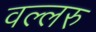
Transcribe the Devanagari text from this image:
वल्लरु